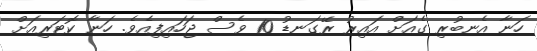
ހަނާ އެނބުރި ގެއަށް އައިރު ރޭގަނޑު 10 ވެސް ޖަހައިފިއެވެ. ހަނާ ކޮޓަރިއަށް